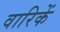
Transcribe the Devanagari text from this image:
वारिकें